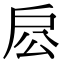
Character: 𢨱